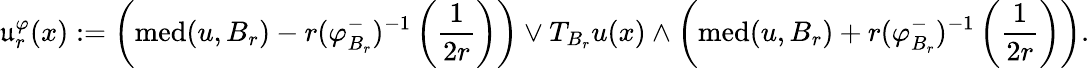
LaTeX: \mathfrak{u}_{r}^{\varphi}(x):=\left(\textnormal{med}(u,B_{r})-r(\varphi_{B_{r}}^{-})^{-1}\left(\frac{1}{2r}\right)\right)\vee T_{B_{r}}u(x)\wedge\left(\textnormal{med}(u,B_{r})+r(\varphi_{B_{r}}^{-})^{-1}\left(\frac{1}{2r}\right)\right).